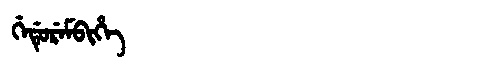
Manchu: ᡤᡝᡩᡠᡵᡝᠮᠪᡳᡥᡝ
Romanization: GEDUREMBIHE